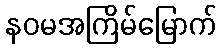
နဝမအကြိမ်မြောက်